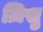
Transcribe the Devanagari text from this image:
ज़िसु